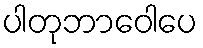
ပါတုဘာဝေါပေ